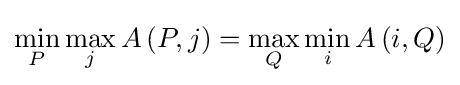
\min _{P}\max _{j}A\left(P,j\right)=\max _{Q}\min _{i}A\left(i,Q\right)